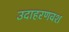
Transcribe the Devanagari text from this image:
उदाहरणवश